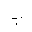
Letter: _ba